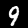
Label: 9